Civil Veterinary Department Bihar reports 1940-50 - 1940-1950
Year: 1940
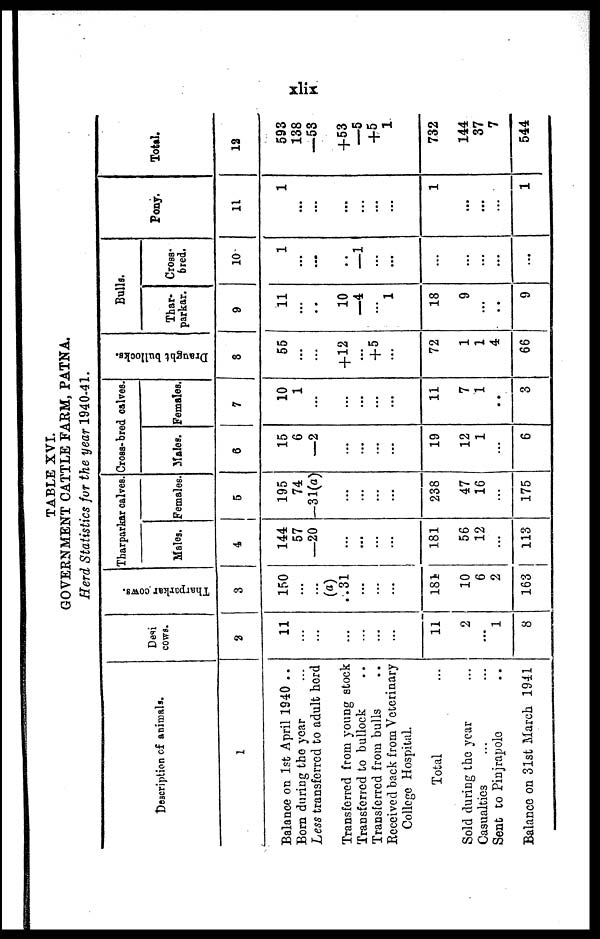
xlix
TABLE XVI.
GOVERNMENT CATTLE FARM, PATNA.
Herd Statistics fur the year 1940-41.
Description of animals.
1
Balance on 1st April 1940 ..
Born during the year ...
Less transferred to adult herd
Transferred from young stock
Transferred to bullock
Transferred from bulls ...
Received back from Veterinary
College Hospital.
Total
Sold during the year ...
Casualties ... ...
Sent to Pinjrapole ...
Balance on 31st March 1941
Desi
cows.
2
11
...
...
...
...
...
...
11
2
...
1
8
Tharparkar cows.
3
150
...
...
(a)
.. 31
...
...
...
184
10
6
2
163
Tharparkar calves.
Males.
4
144
57
—20
...
...
...
...
181
56
12
...
113
Females.
5
195
74
—31(a)
...
...
...
...
238
47
16
...
175
Cross- bred calves.
Males.
6
15
6
2
...
...
...
...
19
12
1
...
6
Females.
7
10
1
...
...
...
...
...
11
7
1
...
3
Draught bullocks.
8
55
...
...
+12
...
+5
...
72
1
1
4
66
Bulls.
Thar-
parkar.
9
11
...
...
10
—4
...
1
18
9
...
...
9
Cross-
bred.
10
1
...
...
...
1
...
...
...
...
...
...
...
Pony.
11
1
...
...
...
...
...
...
1
...
...
...
1
Total.
12
593
138
53
+53
5
+5
1
732
144
37
7
544